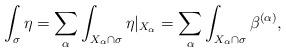
LaTeX: \begin{align*}\int_{\sigma} \eta = \sum_\alpha \int_{X_\alpha \cap \sigma} \eta |_{X_\alpha} = \sum_\alpha \int_{X_\alpha \cap \sigma} \beta^{(\alpha)} ,\end{align*}